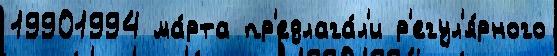
19901994 ма́рта пр'едлага́л'и р'егул'я́рного